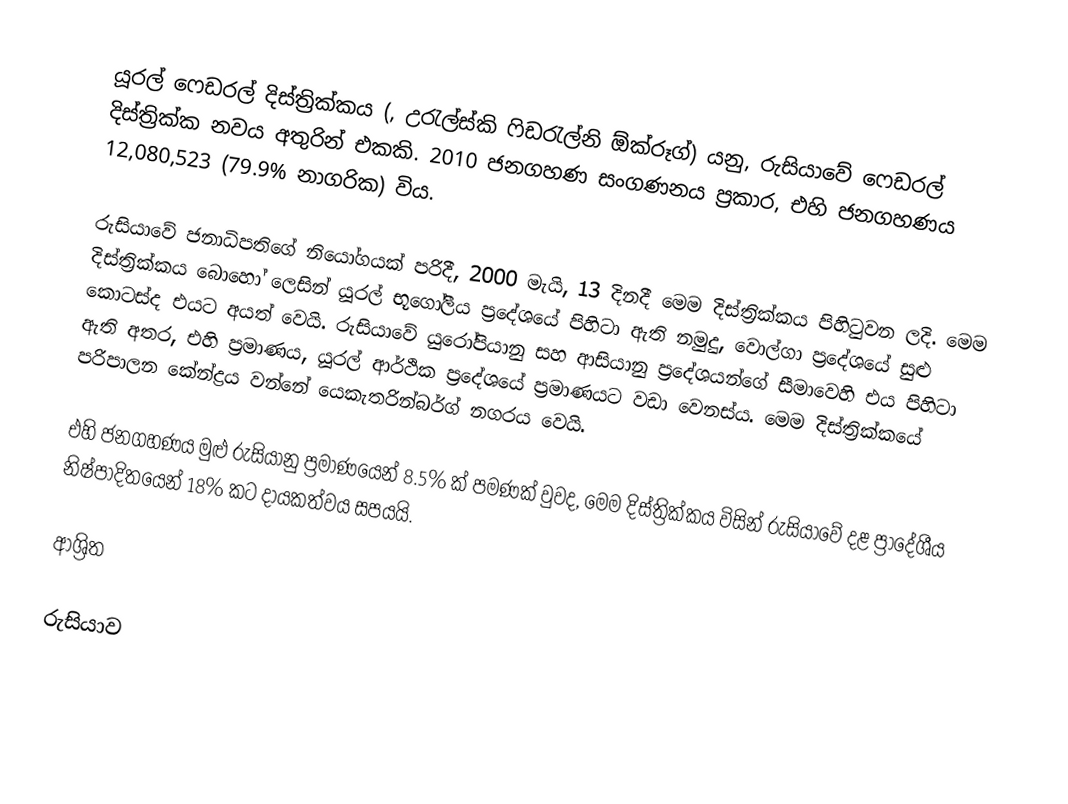
යූරල් ෆෙඩරල් දිස්ත්‍රික්කය (, උරැල්ස්කි  ෆිඩරැල්නි ඕක්රූග්) යනු,  රුසියාවේ  ෆෙඩරල් දිස්ත්‍රික්ක නවය අතුරින් එකකි.  2010 ජනගහණ සංගණනය ප්‍රකාර, එහි ජනගහණය 12,080,523 (79.9% නාගරික) විය.

රුසියාවේ ජනාධිපතිගේ නියෝගයක් පරිදී, 2000 මැයි, 13 දිනදී මෙම දිස්ත්‍රික්කය පිහිටුවන ලදි. මෙම දිස්ත්‍රික්කය බොහෝ ලෙසින්  යූරල් භූගෝලීය ප්‍රදේශයේ පිහිටා ඇති නමුදු, වොල්ගා ප්‍රදේශයේ සුළු කොටස්ද එයට අයත් වෙයි. රුසියාවේ යුරෝපියානු සහ ආසියානු ප්‍රදේශයන්ගේ සීමාවෙහි එය පිහිටා ඇති අතර, එහි ප්‍රමාණය,    යූරල් ආර්ථික ප්‍රදේශයේ ප්‍රමාණයට වඩා වෙනස්ය. මෙම දිස්ත්‍රික්කයේ පරිපාලන කේන්ද්‍රය වන්නේ යෙකැතරින්බර්ග්  නගරය වෙයි.

එහි ජනගහණය මුළු රුසියානු ප්‍රමාණයෙන්  8.5% ක් පමණක් වුවද, මෙම දිස්ත්‍රික්කය විසින් රුසියාවේ දළ ප්‍රාදේශීය නිෂ්පාදිතයෙන් 18% කට දායකත්වය සපයයි.

ආශ්‍රිත

රුසියාව